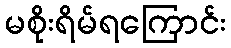
မစိုးရိမ်ရကြောင်း